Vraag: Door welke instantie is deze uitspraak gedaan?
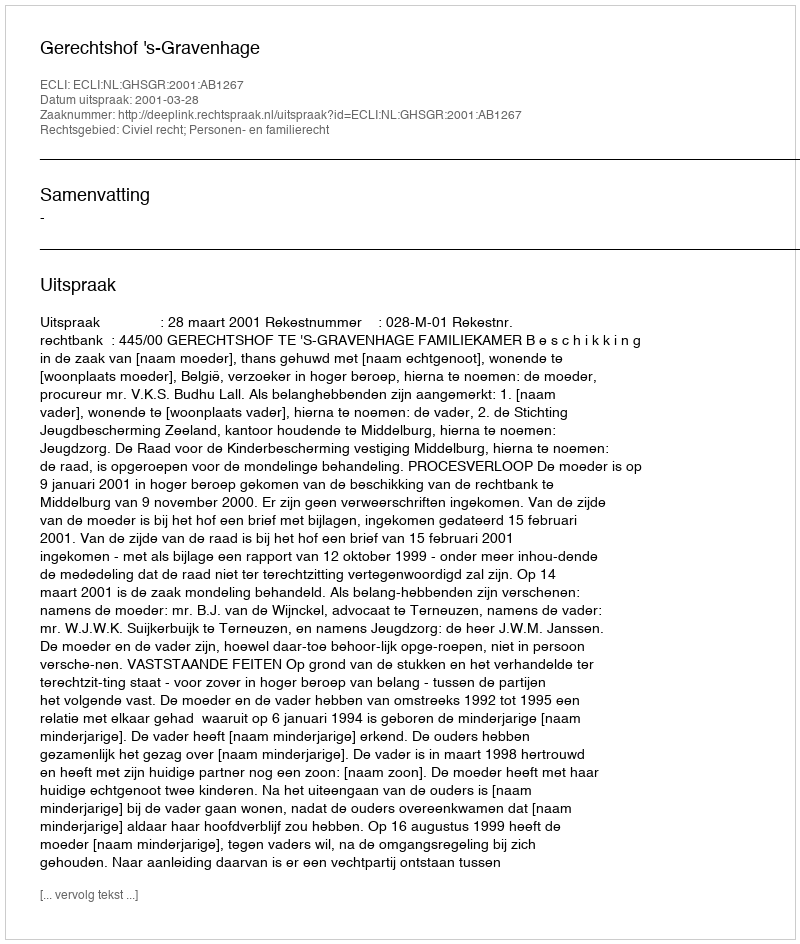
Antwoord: Gerechtshof 's-Gravenhage